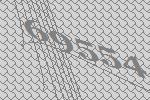
69554